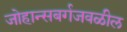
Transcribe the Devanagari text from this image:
जोहान्सबर्गजवळील